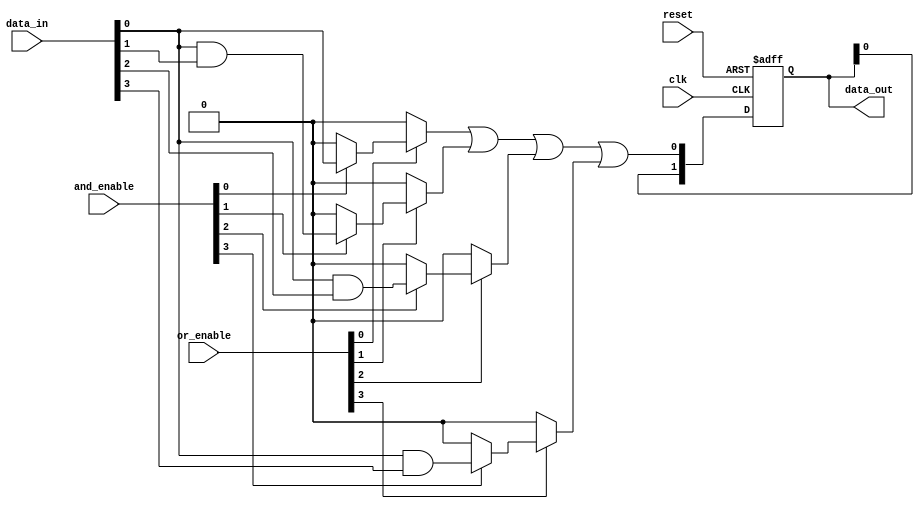
module rpal #(
    parameter NUM_INPUTS = 4, // Number of inputs
    parameter NUM_AND_TERMS = 4, // Number of product terms from AND array
    parameter NUM_OUTPUTS = 2 // Number of final outputs
)(
    input wire [NUM_INPUTS-1:0] data_in,        // Input data signals
    input wire [NUM_AND_TERMS-1:0] and_enable,  // Control signals for AND array
    input wire [NUM_AND_TERMS-1:0] or_enable,   // Control signals for OR array
    input wire clk,                               // Clock signal
    input wire reset,                             // Reset signal
    output reg [NUM_OUTPUTS-1:0] data_out       // Output data signals
);

// Internal wire to hold the output of AND terms
wire [NUM_AND_TERMS-1:0] and_terms;

// Programmable AND array implementation
generate
    genvar i, j;
    for (i = 0; i < NUM_AND_TERMS; i = i + 1) begin : and_array
        assign and_terms[i] = and_enable[i] ? (data_in[0] & data_in[i % NUM_INPUTS]) : 1'b0; // Example AND operation
    end
endgenerate

// Internal wire to hold the ORed term results
wire or_result;

// Programmable OR array implementation
assign or_result = (or_enable[0] ? and_terms[0] : 1'b0) |
                   (or_enable[1] ? and_terms[1] : 1'b0) |
                   (or_enable[2] ? and_terms[2] : 1'b0) |
                   (or_enable[3] ? and_terms[3] : 1'b0);

// Registered outputs
always @(posedge clk or posedge reset) begin
    if (reset) begin
        data_out <= 0; // Reset the output to 0
    end else begin
        // Assign OR result to registered outputs
        data_out <= {data_out[NUM_OUTPUTS-2:0], or_result}; // Store OR result; example of storing
    end
end

endmodule